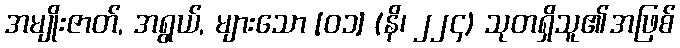
အမျိုးဇာတ်, အရွယ်, များသော [၀၁] (နိ၊ ၂၂၄) သုတရှိသူ၏အဖြစ်